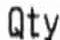
QTY